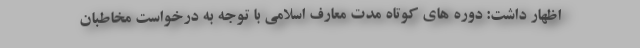
اظهار داشت: دوره های کوتاه مدت معارف اسلامی با توجه به درخواست مخاطبان